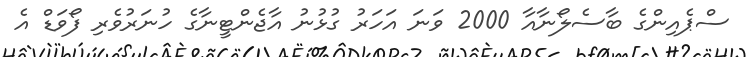
ސްޕެއިންގެ ބާސެލޯނާއާ 2000 ވަނަ އަހަރު ގުޅުނު އާޖެންޓީނާގެ ހުނަރުވެރި ފޯވަޑް އެ